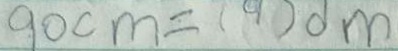
9 0 c m = ( 9 ) d m